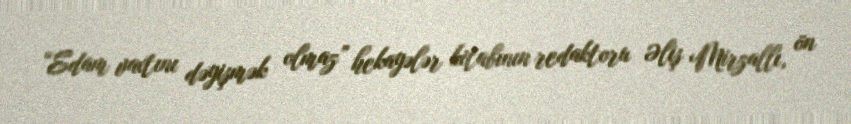
“Edam vaxtını dəyişmək olmaz” hekayələr kitabının redaktoru Əliş Mirzallı, ön